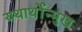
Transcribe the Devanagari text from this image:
यथार्थोंन्मुख